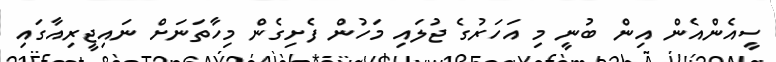
ސީއެންއެން އިން ބުނީ މި އަހަރުގެ ޖުލައި މަހުން ފެށިގެން މިހާތަނަށް ނައިޖީރިއާގައި